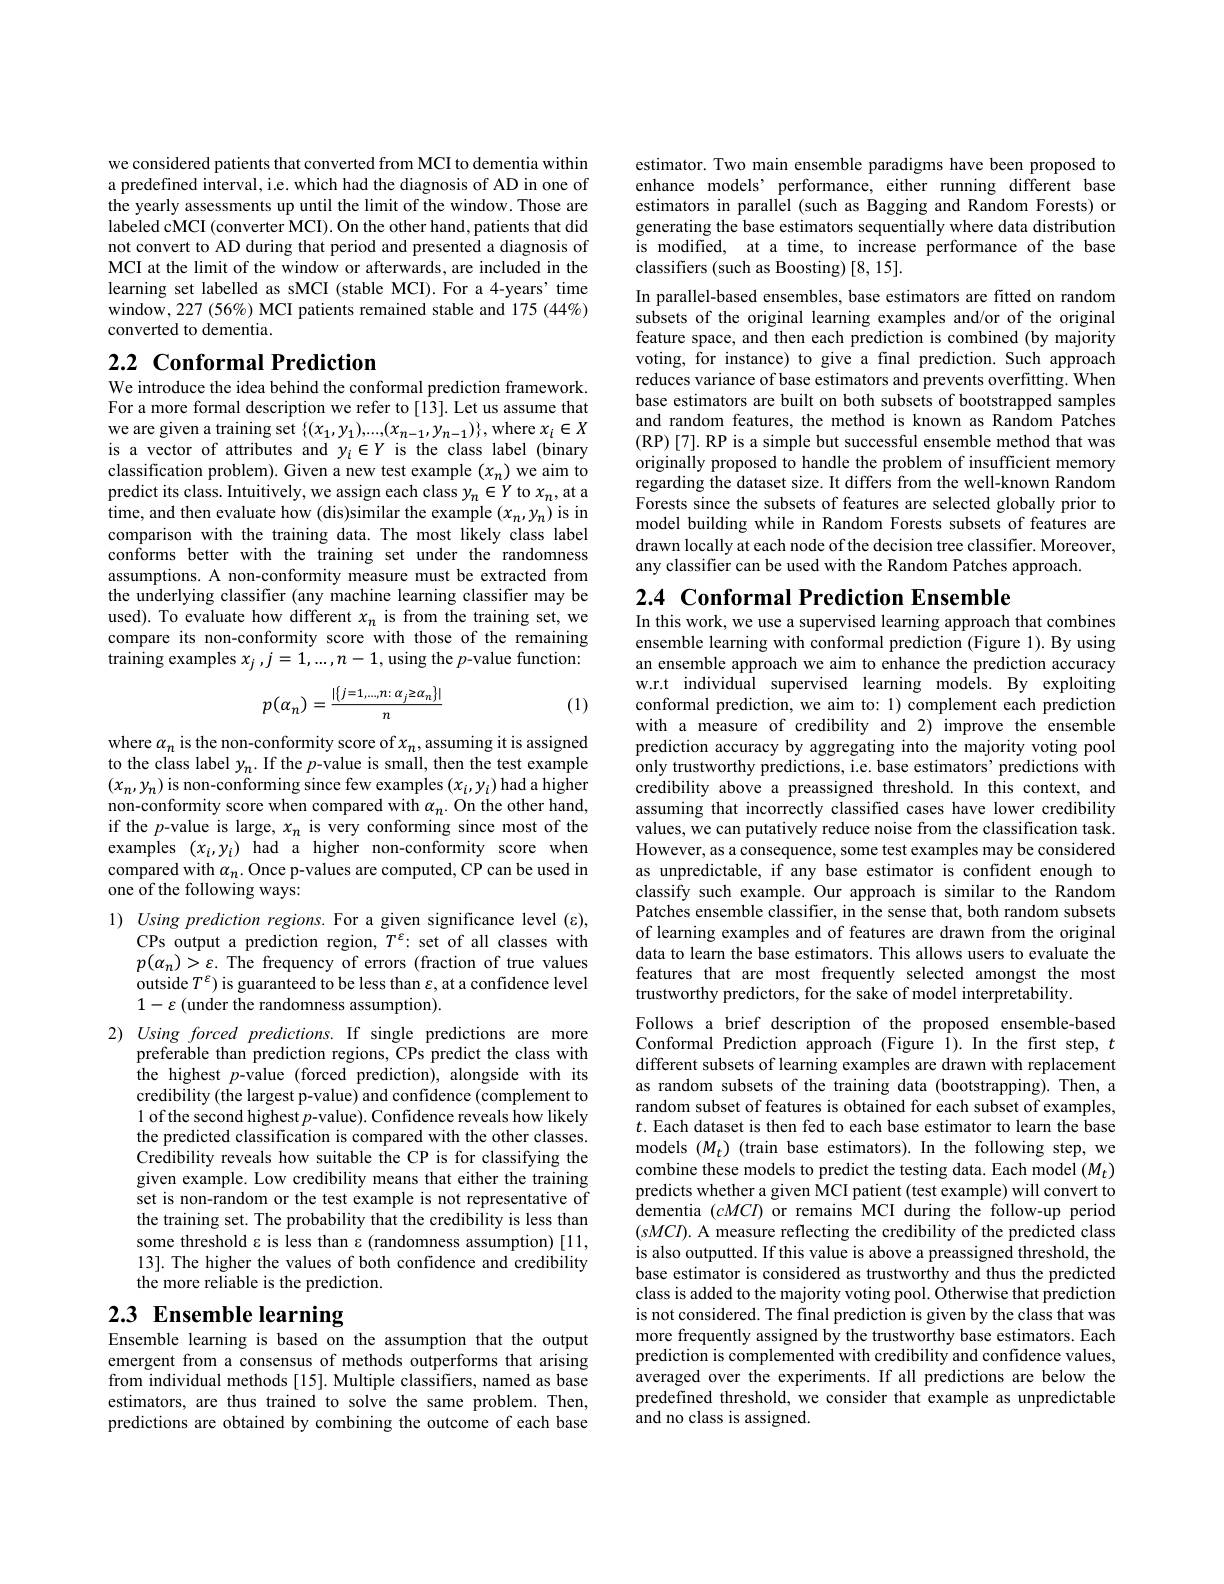
we considered patients that converted from MCI to dementia within a predefined interval, i.e. which had the diagnosis of AD in one of the yearly assessments up until the limit of the window. Those are labeled cMCI (converter MCI). On the other hand, patients that did not convert to AD during that period and presented a diagnosis of MCI at the limit of the window or afterwards, are included in the learning set labelled as sMCI (stable MCI).For a 4-years' time window, 227 (56%) MCI patients remained stable and 175 (44%) converted to dementia.

## $2. 2\textbf{ Conformal Prediction}$

We introduce the idea behind the conformal prediction framework. For a more formal description we refer to [13]. Let us assume that we are given a training set $\{(x_1,y_1),...,(x_{n-1},y_{n-1})\}$, where $x_i\in X$ is a vector of attributes and $y_i\in Y$ is the class label (binary classification problem). Given a new test example $(x_n)$ we aim to predict its class. Intuitively, we assign each class $y_n\in Y$ to $x_n$, at a time, and then evaluate how (dis)similar the example $(x_n,y_n)$ is in comparison with the training data. The most likely class label conforms better with the training set under the randomness assumptions. A non-conformity measure must be extracted from the underlying classifier (any machine learning classifier may be used). To evaluate how different $x_n$ is from the training set, we compare its non-conformity score with those of the remaining $\dot{\text{training examples }x_{j}},j=1,...,n-1$,using the $p$-value function:
$$p(\alpha_{n})=\frac{|\{j=1,...,n:\:\alpha_{j}\geq\alpha_{n}\}|}{n}$$
(1)

where $\alpha_n$ is the non-conformity score of $x_n$,assuming it is assigned to the class label $y_n.$ If the $p$-value is small, then the test example $(x_n,y_n)$ is non-conforming since few examples $(x_i,y_i)$ had a higher non-conformity score when compared with $\alpha_n.$ On the other hand, if the $p$-value is large, $x_n$ is very conforming since most of the examples$(x_{i},y_{i})$had a higher non-conformity score when compared with $\alpha_n.$ Once p-values are computed, CP can be used in one of the following ways:

$1) \textit{ Using prediction regions. For a given significance level ( ) , }$
CPs output a prediction region, $T^{\varepsilon}$: set of all classes with $p(\alpha_{n})>\varepsilon.$ The frequency of errors (fraction of true values outside $T^\varepsilon)$ is guaranteed to be less than $\varepsilon$, at a confidence level $1-\varepsilon$ (under the randomness assumption).

$2)Using$ forced predictions. If single predictions are more
preferable than prediction regions, CPs predict the class with the highest $p$-value (forced prediction), alongside with its credibility (the largest p-value) and confidence (complement to 1 of the second highest $p$-value). Confidence reveals how likely the predicted classification is compared with the other classes. Credibility reveals how suitable the CP is for classifying the given example. Low credibility means that either the training set is non-random or the test example is not representative of the training set. The probability that the credibility is less than some threshold $\varepsilon$ is less than $\varepsilon$ (randomness assumption)[11, 13]. The higher the values of both confidence and credibility the more reliable is the prediction.

# 2.3 Ensemble learning

Ensemble learning is based on the assumption that the output emergent from a consensus of methods outperforms that arising from individual methods [15]. Multiple classifiers, named as base estimators, are thus trained to solve the same problem. Then, predictions are obtained by combining the outcome of each base

estimator. Two main ensemble paradigms have been proposed to enhance models’ performance, either running different base estimators in parallel (such as Bagging and Random Forests) or generating the base estimators sequentially where data distribution is modified, at a time, to increase performance of the base classifiers (such as Boosting) [8, 15].
In parallel-based ensembles, base estimators are fitted on random subsets of the original learning examples and/or of the original feature space, and then each prediction is combined (by majority voting, for instance) to give a final prediction. Such approach reduces variance of base estimators and prevents overfitting. When base estimators are built on both subsets of bootstrapped samples and random features, the method is known as Random Patches (RP)[7]. RP is a simple but successful ensemble method that was originally proposed to handle the problem of insufficient memory regarding the dataset size. It differs from the well-known Random Forests since the subsets of features are selected globally prior to model building while in Random Forests subsets of features are drawn locally at each node of the decision tree classifier. Moreover, any classifier can be used with the Random Patches approach.

2.4 Conformal Prediction Ensemble
In this work, we use a supervised learning approach that combines

ensemble learning with conformal prediction (Figure 1). By using an ensemble approach we aim to enhance the prediction accuracy w.r.t individual supervised learning models. By exploiting conformal prediction, we aim to: 1) complement each prediction with a measure of credibility and 2) improve the ensemble prediction accuracy by aggregating into the majority voting pool only trustworthy predictions, i. e. base estimator$s^{\prime }$ predictions with credibility above a preassigned threshold. In this context, and assuming that incorrectly classified cases have lower credibility values, we can putatively reduce noise from the classification task. However, as a consequence, some test examples may be considered as unpredictable, if any base estimator is confident enough to classify such example. Our approach is similar to the Random Patches ensemble classifier, in the sense that, both random subsets of learning examples and of features are drawn from the original data to learn the base estimators. This allows users to evaluate the features that are most frequently selected amongst the most trustworthy predictors, for the sake of model interpretability.
Follows a brief description of the proposed ensemble-based Conformal Prediction approach (Figure 1). In the first step, $t$ different subsets of learning examples are drawn with replacement as random subsets of the training data (bootstrapping). Then, a random subset of features is obtained for each subset of examples, $t.$ Each dataset is then fed to each base estimator to learn the base models $(M_t)$ (train base estimators). In the following step, we combine these models to predict the testing data. Each model $(M_t)$ predicts whether a given MCI patient (test example) will convert to dementia $(cMCI)$ or remains MCI during the follow-up period $(sMCI).$ A measure reflecting the credibility of the predicted class is also outputted. If this value is above a preassigned threshold, the base estimator is considered as trustworthy and thus the predicted class is added to the majority voting pool. Otherwise that prediction is not considered. The final prediction is given by the class that was more frequently assigned by the trustworthy base estimators. Each prediction is complemented with credibility and confidence values, averaged over the experiments. If all predictions are below the predefined threshold, we consider that example as unpredictable and no class is assigned.